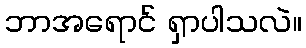
ဘာအရောင် ရှာပါသလဲ။